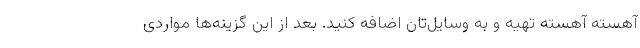
آهسته آهسته تهیه و به وسایل‌تان اضافه کنید. بعد از این گزینه‌ها مواردی